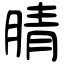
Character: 腈